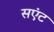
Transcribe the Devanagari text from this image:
सएंट